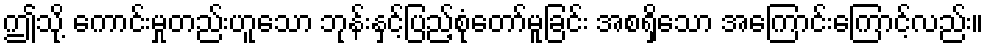
ဤသို့ ကောင်းမှုတည်းဟူသော ဘုန်းနှင့်ပြည့်စုံတော်မူခြင်း အစရှိသော အကြောင်းကြောင့်လည်း။